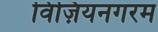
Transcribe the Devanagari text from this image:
विज़ियनगरम